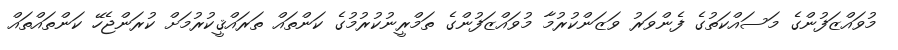
މުވައްޒަފުންގެ މަސައްކަތުގެ ފެންވަރު ވަޒަންކުރުމާ މުވައްޒަފުންގެ ތަމްރީނުކުރުމުގެ ކަންތައް ތަރައްޤީކުރުމަށް ކުރަންޖެހޭ ކަންތައްތައް